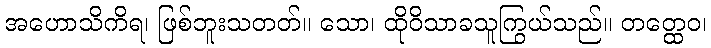
အဟောသိကိရ၊ ဖြစ်ဘူးသတတ်။ သော၊ ထိုဝိသာခသူကြွယ်သည်။ တတ္ထေဝ၊